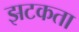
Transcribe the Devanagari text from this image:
झटकता